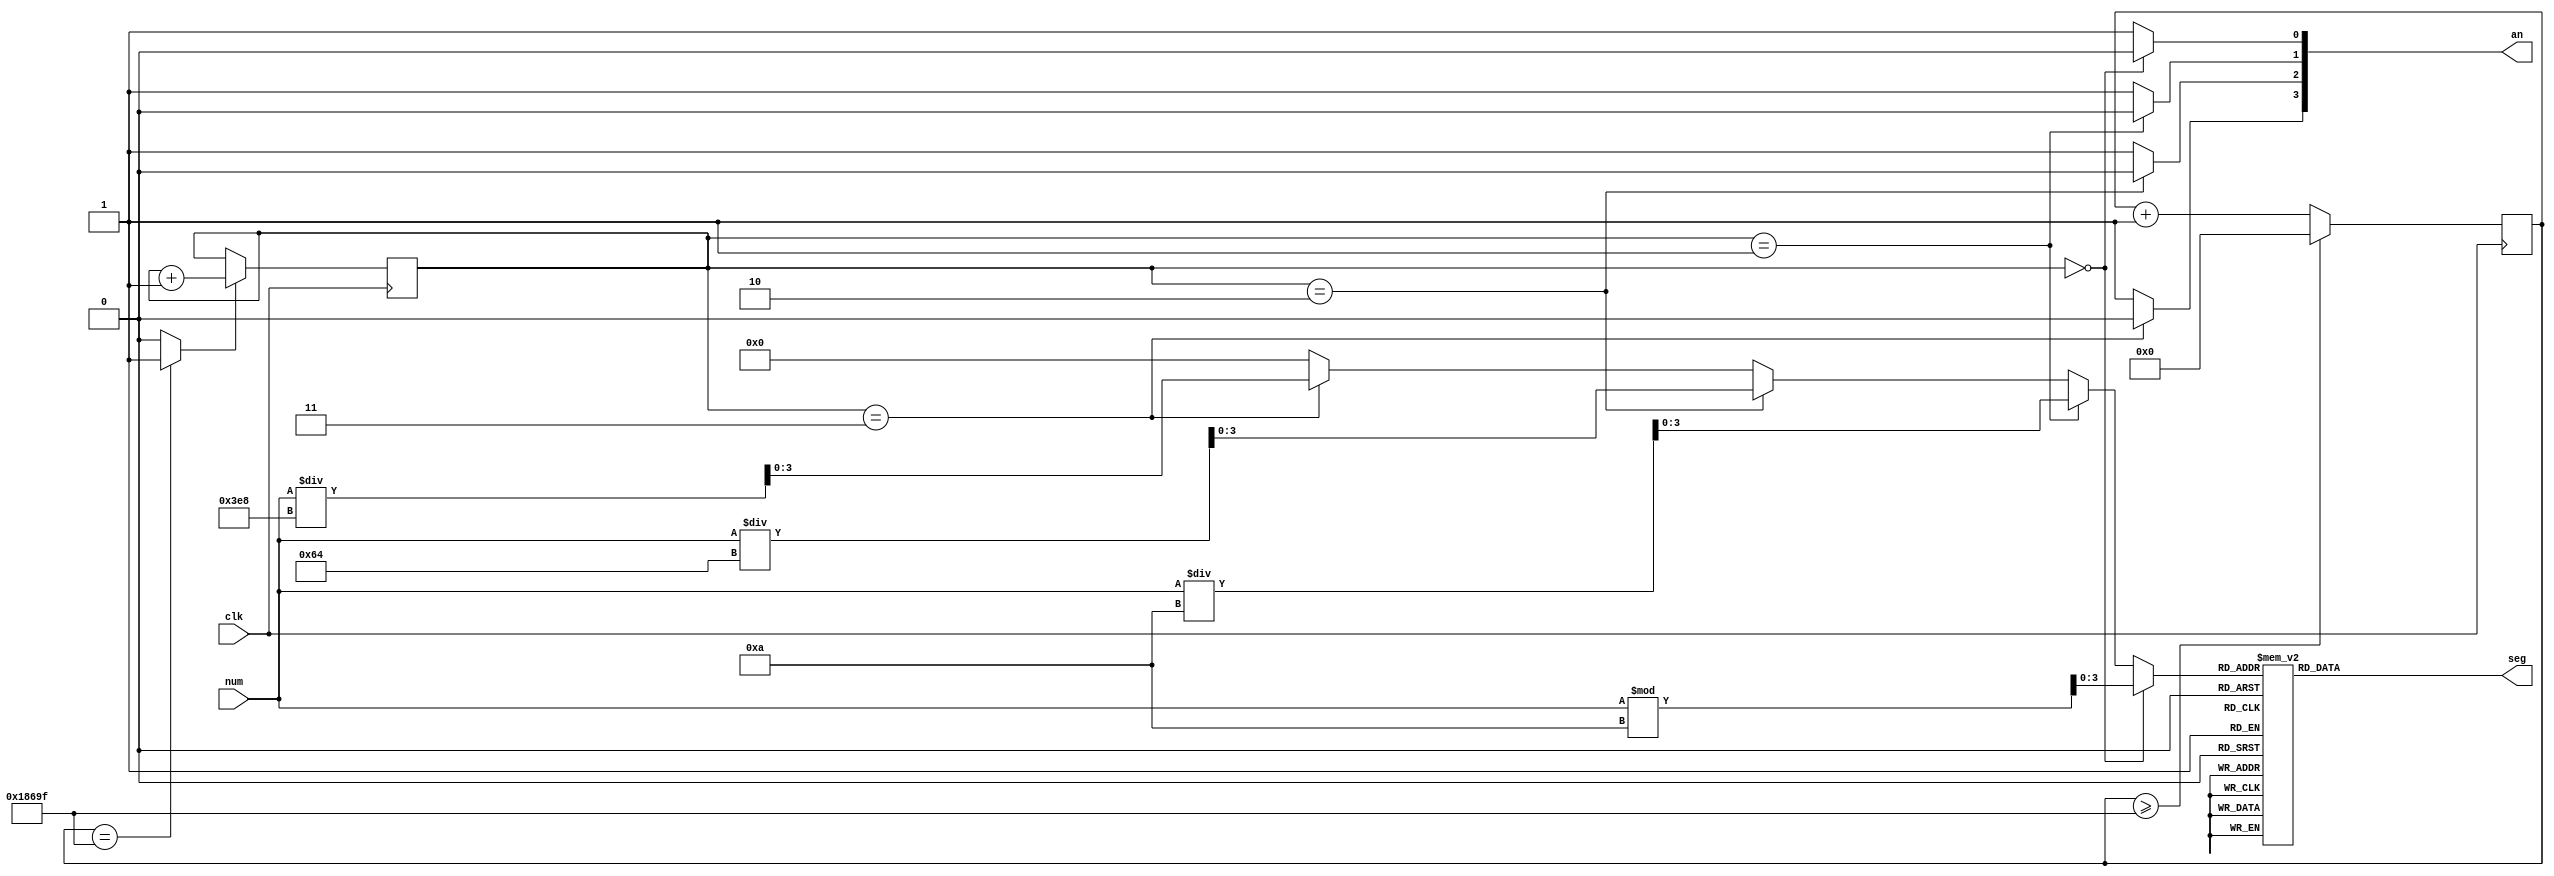

module NumToSeg #(
  parameter SIZE = 16,
  parameter DIV = 32'd100_000  
) (
  input clk,
  input [SIZE-1:0] num,
  output reg [6:0] seg,
  output [3:0] an
);

reg [3:0] digit;
reg [1:0] an_idx;
reg [32-1:0] cnt;
wire div_sig;

always @(posedge clk) begin
  if (cnt >= DIV - 32'b1)
    cnt <= 32'b0;
  else
    cnt <= cnt + 32'b1;
end
assign div_sig = (cnt == DIV - 32'b1) ? 1'b1: 1'b0;

always @(posedge clk) begin
  if (div_sig == 1'b1)
    an_idx <= an_idx + 2'b1;
  else
    an_idx <= an_idx;
end

assign an[3] = (an_idx == 2'd3) ? 1'b0 : 1'b1;
assign an[2] = (an_idx == 2'd2) ? 1'b0 : 1'b1;
assign an[1] = (an_idx == 2'd1) ? 1'b0 : 1'b1;
assign an[0] = (an_idx == 2'd0) ? 1'b0 : 1'b1;

always @(*) begin
  if (an_idx == 2'd0)
    digit = num % 32'd10;
  else if (an_idx == 2'd1)
    digit = num / 32'd10;
  else if (an_idx == 2'd2)
    digit = num / 32'd100;
  else if (an_idx == 2'd3)
    digit = num / 32'd1000;
  else
    digit = 4'd0;
end

always @(*) begin
  case (digit)
    4'd0: begin seg = 7'b1000000; end
    4'd1: begin seg = 7'b1111001; end
    4'd2: begin seg = 7'b0100100; end
    4'd3: begin seg = 7'b0110000; end
    4'd4: begin seg = 7'b0011001; end
    4'd5: begin seg = 7'b0010010; end
    4'd6: begin seg = 7'b0000010; end
    4'd7: begin seg = 7'b1111000; end
    4'd8: begin seg = 7'b0000000; end
    4'd9: begin seg = 7'b0010000; end
    // 4'ha: begin seg = 7'b0001000; end
    // 4'hb: begin seg = 7'b0000011; end
    // 4'hc: begin seg = 7'b1000110; end
    // 4'hd: begin seg = 7'b0100001; end
    // 4'he: begin seg = 7'b0000110; end
    // 4'hf: begin seg = 7'b0001110; end
    default: begin seg = 7'b0111111; end
  endcase
end

endmodule